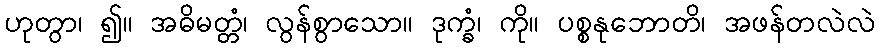
ဟုတွာ၊ ၍။ အဓိမတ္တံ၊ လွန်စွာသော။ ဒုက္ခံ၊ ကို။ ပစ္စနုဘောတိ၊ အဖန်တလဲလဲ